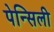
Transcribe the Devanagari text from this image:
पेन्सिली